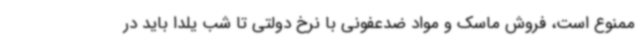
ممنوع است، فروش ماسک و مواد ضدعفونی با نرخ دولتی تا شب یلدا باید در